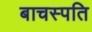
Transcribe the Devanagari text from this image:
बाचस्पति